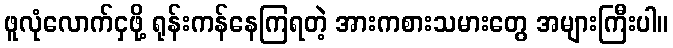
ဖူလုံလောက်ငှဖို့ ရုန်းကန်နေကြရတဲ့ အားကစားသမားတွေ အများကြီးပါ။